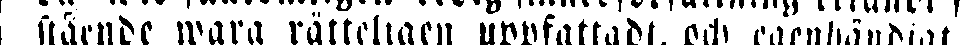
stående wara rätteligen uppfattadt, och egenhändligt